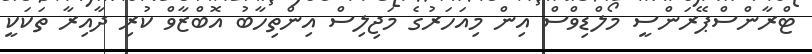
ޓްރާންސްޕޭރަންސީ މޯލްޑިވްސް އިން މިއަހަރުގެ މަޖިލިސް އިންތިހާބު އޮބްޒާވް ކުރި ދާއިރާ ތަކަކީ